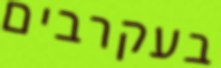
בעקרבים